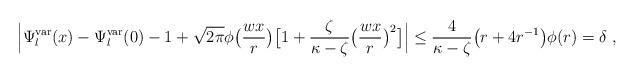
LaTeX: \begin{align*}\Big|\Psi^{\mathrm{var}}_l(x)- \Psi^{\mathrm{var}}_l(0) - 1 + \sqrt{2\pi}\phi\big(\frac{wx}{r}\big)\big[1+ \frac{\zeta}{\kappa -\zeta }\big( \frac{wx}{r}\big)^2\big] \Big|\leq \frac{4}{\kappa -\zeta} \big( r+ 4r^{-1} \big) \phi(r) =\delta \ , \end{align*}